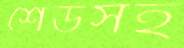
শেডসহ